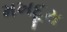
મખદૂરા